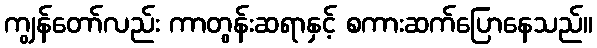
ကျွန်တော်လည်း ကာတွန်းဆရာနှင့် စကားဆက်ပြောနေသည်။